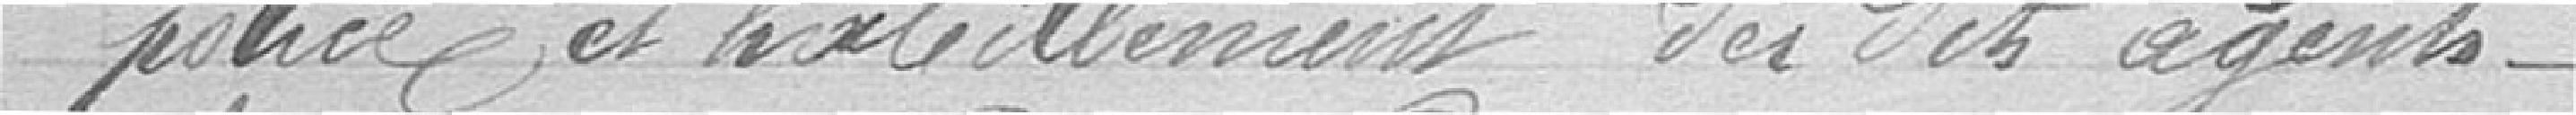
police et habillement des dits agents